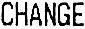
CHANGE